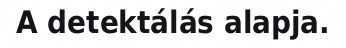
A detektálás alapja.